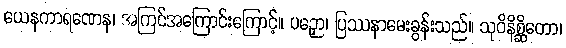
ယေနကာရဏေန၊ အကြင်အကြောင်းကြောင့်။ ပဉှော၊ ပြဿနာမေးခွန်းသည်။ သုဝိနိစ္ဆိတော၊